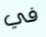
في